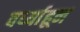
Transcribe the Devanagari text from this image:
वर्ध्याहून